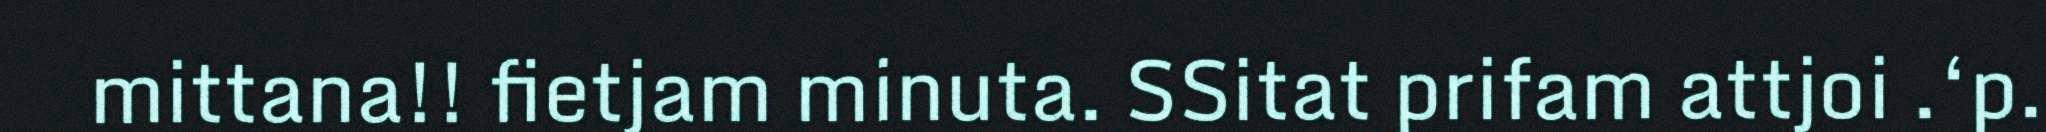
mittana!! fietjam minuta. SSitat prifam attjoi .‘p.